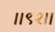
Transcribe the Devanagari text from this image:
।।९२।।